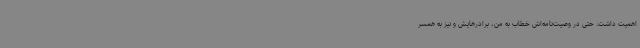
اهمیت داشت. حتی در وصیت‌نامه‌اش خطاب به من، برادرهایش و نیز به همسر